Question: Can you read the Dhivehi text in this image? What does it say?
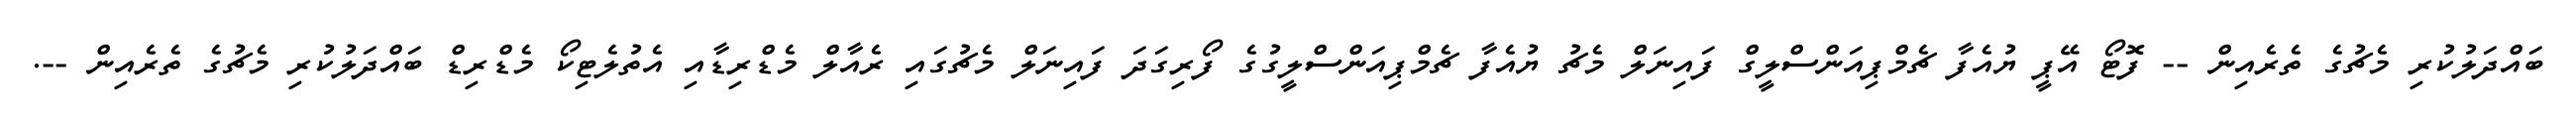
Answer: ބައްދަލުކުރި މެޗުގެ ތެރެއިން -- ފޮޓޯ އޭޕީ ޔުއެފާ ޗެމްޕިއަންސްލީގް ފައިނަލް މެޗު ޔުއެފާ ޗެމްޕިއަންސްލީގުގެ ފޯރިގަދަ ފައިނަލް މެޗުގައި ރެއާލް މެޑްރިޑާއި އެތުލެޓިކޯ މެޑްރިޑް ބައްދަލުކުރި މެޗުގެ ތެރެއިން --.